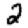
Digit: 2